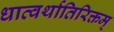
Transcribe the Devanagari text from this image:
धात्वर्थातिरिक्तम्